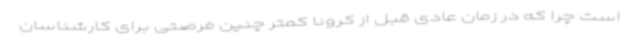
است چرا که در زمان عادی قبل از کرونا کمتر چنین فرصتی برای کارشناسان